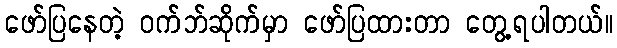
ဖော်ပြနေတဲ့ ဝက်ဘ်ဆိုက်မှာ ဖော်ပြထားတာ တွေ့ရပါတယ်။